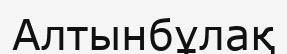
Алтынбұлақ